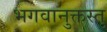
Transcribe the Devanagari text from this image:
भगवानुक्तस्तु